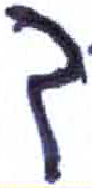
אות: ך